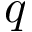
\boldsymbol { q }